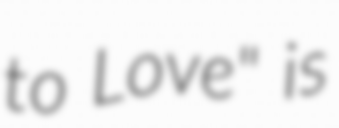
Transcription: to Love" is